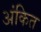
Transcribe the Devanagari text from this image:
अंकित